Indian journal of veterinary science and animal husbandry - Volume 3,
Year: 1933
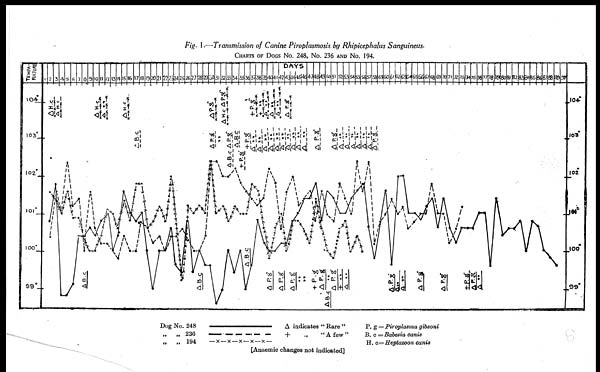
Fig. I .—Transmission of Canine Piroplasmosis by Rhipicephalus Sanguineus.
CHARTS OF DOGS NO. 248, No. 236 AND NO. 194.